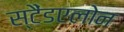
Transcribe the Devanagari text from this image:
स्टैंडएलोन